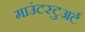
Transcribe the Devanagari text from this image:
माउंटस्टुअर्ट